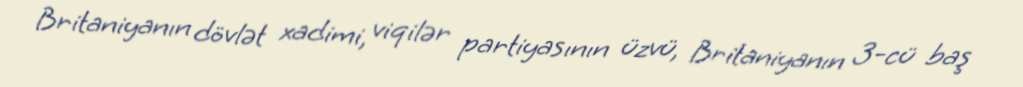
Britaniyanın dövlət xadimi, viqilər partiyasının üzvü, Britaniyanın 3-cü baş